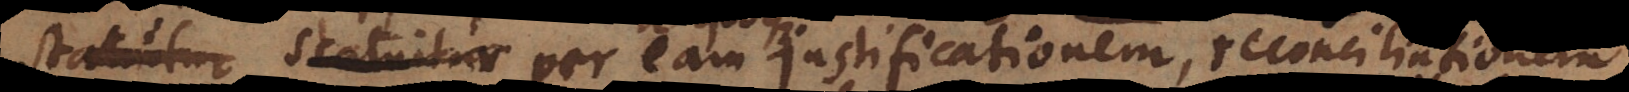
statutum est per eam justificationem, reconciliationem